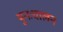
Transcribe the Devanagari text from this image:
पुनःचालन